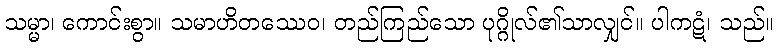
သမ္မာ၊ ကောင်းစွာ။ သမာဟိတဿေဝ၊ တည်ကြည်သော ပုဂ္ဂိုလ်၏သာလျှင်။ ပါကဋံ၊ သည်။